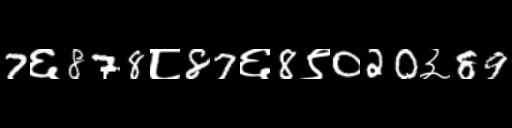
Text: 7६878८87६8९020३89